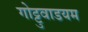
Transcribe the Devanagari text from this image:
गोट्टुवाडयम